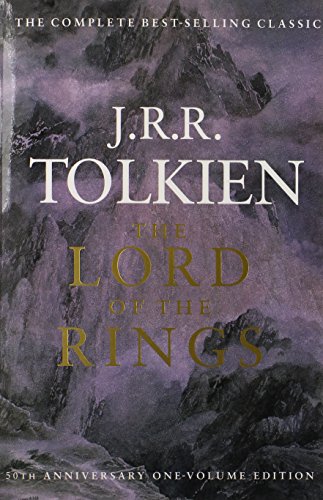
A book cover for The Lord of the Rings: 50th Anniversary, One Vol. Edition; J.R.R. Tolkien; Science Fiction & Fantasy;